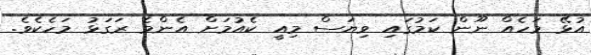
އުޅޭ މަހެއް ނޫން ކަމުގައި ވިޔަސް މިއީ ކެއުމަށް އެންމެ ރަގަޅު މަހެކެވެ.